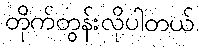
တိုက်တွန်းလိုပါတယ်